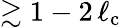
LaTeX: \gtrsim 1-2\, \ell_{\mathrm{c}}